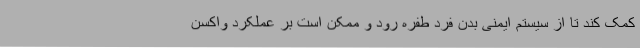
کمک کند تا از سیستم ایمنی بدن فرد طفره رود و ممکن است بر عملکرد واکسن